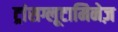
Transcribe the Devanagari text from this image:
ट्रांसग्लूटामिनेज़